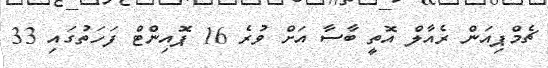
ޗެމްޕިއަން ރެއާލް އޮތީ ބާސާ އަށް ވުރެ 16 ޕޮއިންޓް ފަހަތުގައި 33